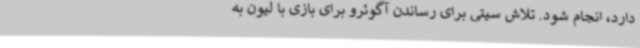
دارد، انجام شود. تلاش سیتی برای رساندن آگوئرو برای بازی با لیون به